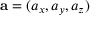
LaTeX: \mathbf { a } = ( a _ { x } , a _ { y } , a _ { z } )